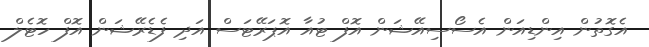
އެގޮތުން އިންޑިއަން އެސޯސިއޭޝަން އޮފް ޓުއާ އޮޕަރޭޓަސް އަދި ފެޑެރޭޝަން އޮފް ހޮޓެލް